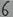
Text: 6